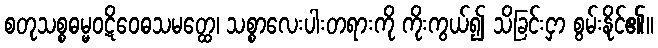
စတုသစ္စဓမ္မဝဋိဝေဓသမတ္ထေ၊ သစ္စာလေးပါးတရားကို ကိုးကွယ်၍ သိခြင်းငှာ စွမ်းနိုင်၏။